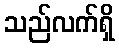
သည်လက်ရှိ